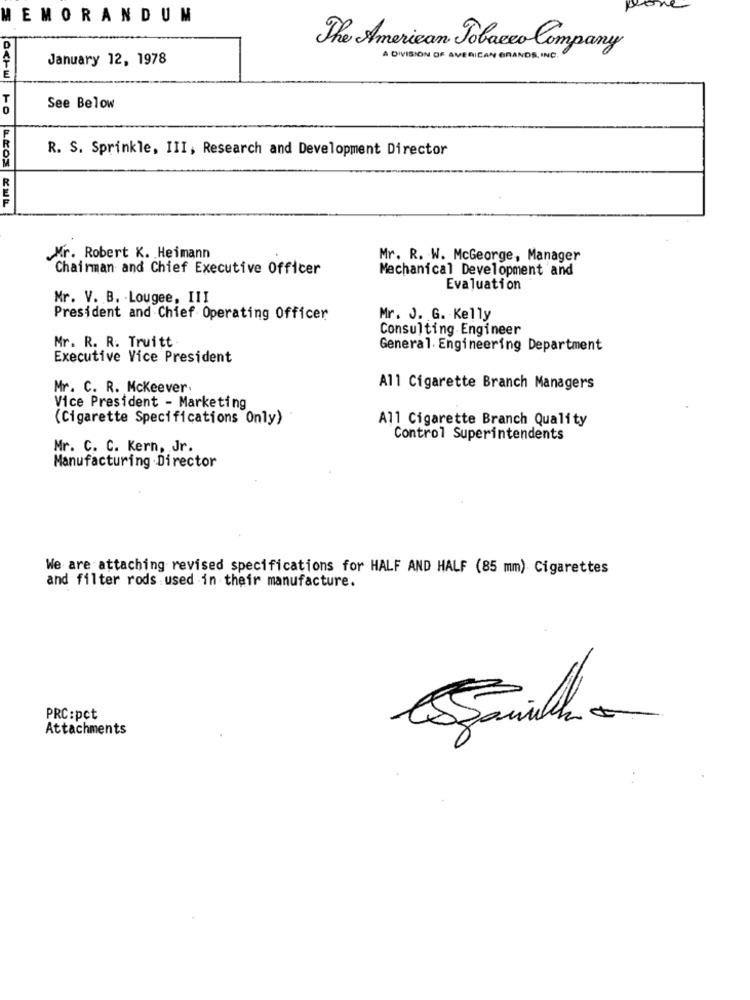
MEMORANDUM
The American Tobacco Company
January 12, 1978
A DIVISION OF AVERICAN GRANDE, INC.
E
See Below
R. S. Sprinkle, III, Research and Development Director
Mr. Robert K. Heimann
Mr. R. W. McGeorge, Manager
Chairman and Chief Executive Officer
Mechanical Development and
Evaluation
Mr. V. B. Lougee, III
President and Chief Operating Officer
Mr. J. G. Kelly
Consulting Engineer
Mr. R. R. Truitt
General. Engineering Department
Executive Vice President
Mr. C. R. Mckeever
All Cigarette Branch Managers
Vice President - Marketing
(Cigarette Specifications Only)
All Cigarette Branch Quality
Control Superintendents
Mr. C. C. Kern, Jr.
Manufacturing Director
We are attaching revised specifications for HALF AND HALF (85 mm) Cigarettes
and filter rods used in their manufacture.
PRC:pct
Attachments